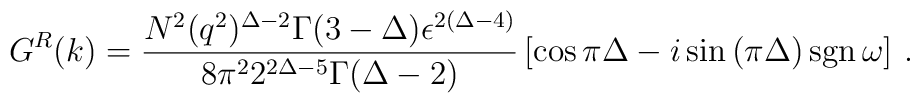
G^R (k) = {N^2 (q^2)^{\Delta - 2} \Gamma (3-\Delta )\epsilon^{2(\Delta -4)}\over 8\pi^2 2^{2\Delta -5} \Gamma (\Delta -2 )}\left[ \cos{\pi\Delta} - i \sin{(\pi\Delta)} \, \mbox{sgn} \, \omega \right]\,.